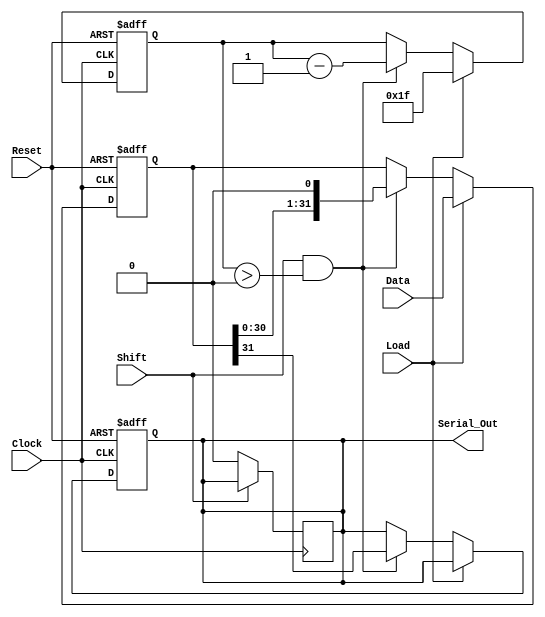
module PISO_Register (
    input wire [31:0] Data,      // 32-bit parallel input data bus
    input wire Load,             // Control signal to load data
    input wire Shift,            // Control signal to shift data out
    input wire Clock,            // Clock signal
    input wire Reset,            // Asynchronous reset signal
    output reg Serial_Out        // Serial output
);

    reg [31:0] shift_reg;        // Internal 32-bit register
    reg [4:0] shift_count;       // Counter for shifting bits

    // Asynchronous reset
    always @(posedge Clock or posedge Reset) begin
        if (Reset) begin
            shift_reg <= 32'b0;   // Clear the register
            Serial_Out <= 1'b0;   // Clear the output
            shift_count <= 5'b0;   // Reset shift counter
        end else begin
            if (Load) begin
                shift_reg <= Data; // Load data into shift register
                shift_count <= 5'd31; // Set counter to 31 for shifting
            end else if (Shift && shift_count > 0) begin
                Serial_Out <= shift_reg[31]; // Output MSB
                shift_reg <= {shift_reg[30:0], 1'b0}; // Shift right
                shift_count <= shift_count - 1; // Decrement counter
            end
        end
    end

    // Ensure Serial_Out is driven correctly when not shifting
    always @(posedge Clock) begin
        if (!Shift) begin
            Serial_Out <= 1'b0; // Optionally clear output when not shifting
        end
    end

endmodule